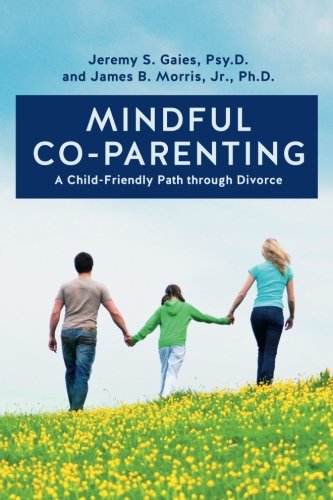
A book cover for Mindful Co-parenting: A Child-Friendly Path through Divorce; Psy.D., Jeremy S. Gaies; Parenting & Relationships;